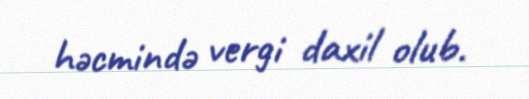
həcmində vergi daxil olub.